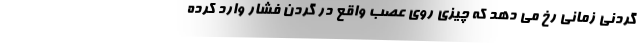
گردنی زمانی رخ می دهد که چیزی روی عصب واقع در گردن فشار وارد کرده